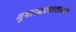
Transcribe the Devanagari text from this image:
भूषारत्नप्रकाशाढ्यो